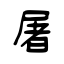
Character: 屠